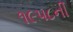
૧૯૫૮ની